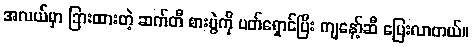
အလယ်မှာ ခြားထားတဲ့ ဆက်တီ စားပွဲကို ပတ်ရှောင်ပြီး ကျနော့်ဆီ ပြေးလာတယ်။